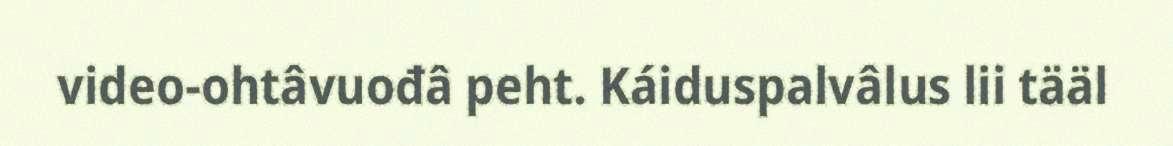
video-ohtâvuođâ peht. Káiduspalvâlus lii tääl